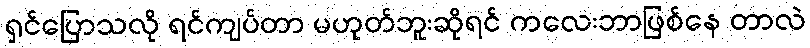
ရှင်ပြောသလို ရင်ကျပ်တာ မဟုတ်ဘူးဆိုရင် ကလေးဘာဖြစ်နေ တာလဲ